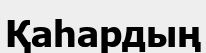
Қаһардың